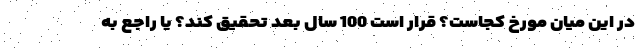
در این میان مورخ کجاست؟ قرار است 100 سال بعد تحقیق کند؟ یا راجع به